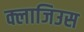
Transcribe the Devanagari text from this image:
क्लाजिउस